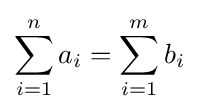
\sum _{i=1}^{n}a_{i}=\sum _{i=1}^{m}b_{i}